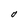
Character: 0